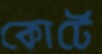
কোর্টে